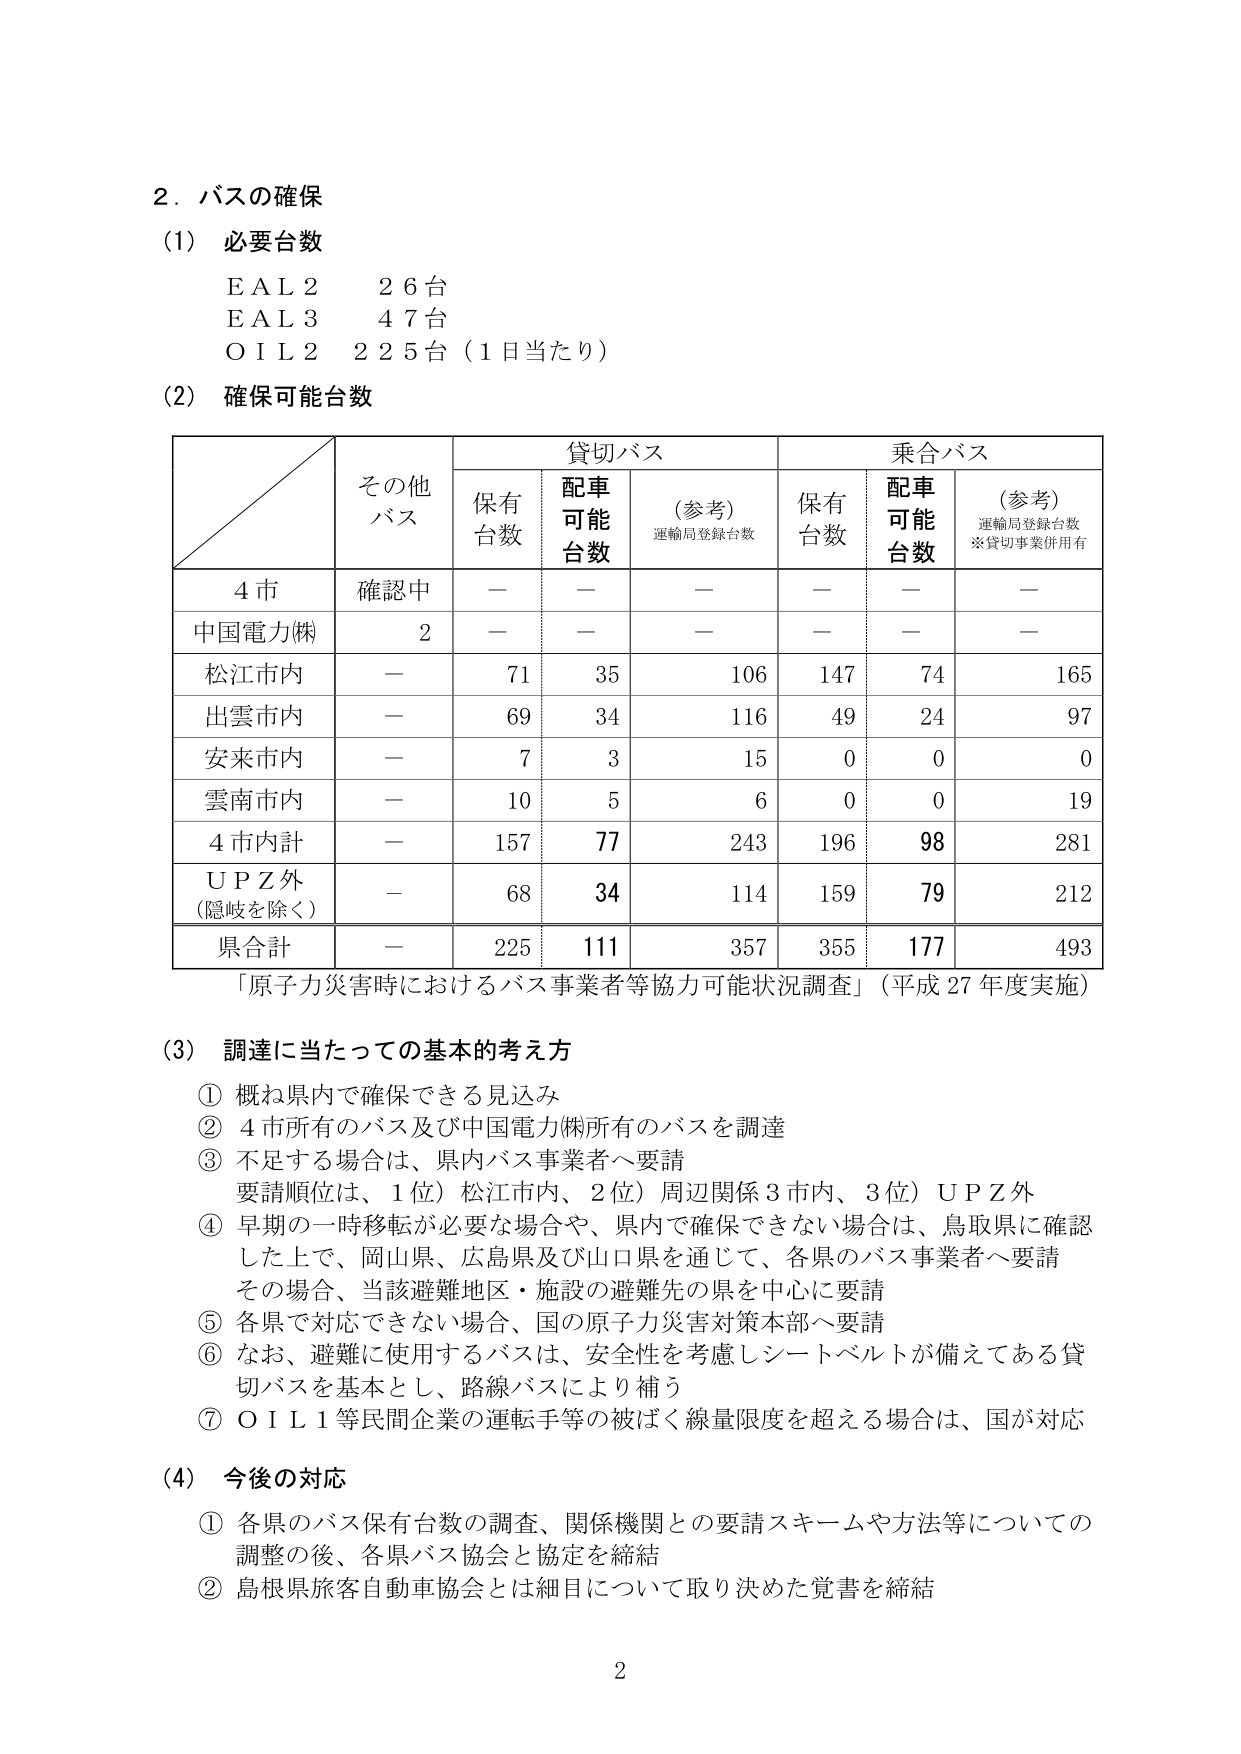
2．バスの確保

(1) 必要台数
ＥＡＬ２　２６台
ＥＡＬ３　４７台
ＯＩＬ２　２２５台（１日当たり）

(2) 確保可能台数

　　　　　　　　　　　　　貸切バス　　　　　　　　　　乗合バス
　　　　　　　その他　　　保有　　　配車　　　（参考）　　　保有　　　配車　　　（参考）
　　　　　　　バス　　　　台数　　　可能　　　運輸局登録台数　　台数　　　可能　　　運輸局登録台数
　　　　　　　　　　　　　　　　　台数　　　　　　　　　　　　　台数　　　　　　　※貸切事業併用有

　４市　　　確認中　　　－　　　－　　　－　　　－　　　－　　　－
　中国電力㈱　　　　　　２　　　－　　　－　　　－　　　－　　　－　　　－
　松江市内　　　　　　－　　　７１　　　３５　　　１０６　　　１４７　　　７４　　　１６５
　出雲市内　　　　　　－　　　６９　　　３４　　　１１６　　　４９　　　２４　　　９７
　安来市内　　　　　　－　　　７　　　　３　　　　１５　　　　０　　　　０　　　　０
　雲南市内　　　　　　－　　　１０　　　５　　　　６　　　　０　　　　０　　　　１９
　４市内計　　　　　　－　　　１５７　　　７７　　　２４３　　　１９６　　　９８　　　２８１
　ＵＰＺ外　　　　　　－　　　６８　　　３４　　　１１４　　　１５９　　　７９　　　２１２
　（隠岐を除く）
　県合計　　　　　　－　　　２２５　　　１１１　　　３５７　　　３５５　　　１７７　　　４９３

「原子力災害時におけるバス事業者等協力可能状況調査」（平成27年度実施）

(3) 調達に当たっての基本的考え方
① 概ね県内で確保できる見込み
② ４市所有のバス及び中国電力㈱所有のバスを調達
③ 不足する場合は、県内バス事業者へ要請
　要請順位は、１位）松江市内、２位）周辺関係３市内、３位）ＵＰＺ外
④ 早期の一時移転が必要な場合や、県内で確保できない場合は、鳥取県に確認
　した上で、岡山県、広島県及び山口県を通じて、各県のバス事業者へ要請
　その場合、当該避難地区・施設の避難先の県を中心に要請
⑤ 各県で対応できない場合、国の原子力災害対策本部へ要請
⑥ なお、避難に使用するバスは、安全性を考慮しシートベルトが備えてある貸
　切バスを基本とし、路線バスにより補う
⑦ ＯＩＬ１等民間企業の運転手等の被ばく線量限度を超える場合は、国が対応

(4) 今後の対応
① 各県のバス保有台数の調査、関係機関との要請スキームや方法等についての
　調整の後、各県バス協会と協定を締結
② 島根県旅客自動車協会とは細目について取り決めた覚書を締結

2